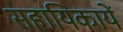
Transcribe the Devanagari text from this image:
सहायिकायें